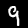
Digit: 9